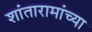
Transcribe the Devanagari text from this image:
शांतारामांच्या